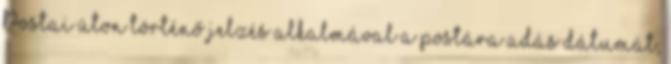
Postai úton történő jelzés alkalmával a postára adás dátumát,